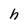
Character: h